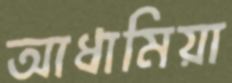
আধামিয়া